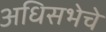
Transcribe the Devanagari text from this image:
अधिसभेचे